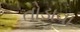
તોડાવા